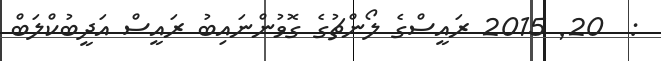
:  20